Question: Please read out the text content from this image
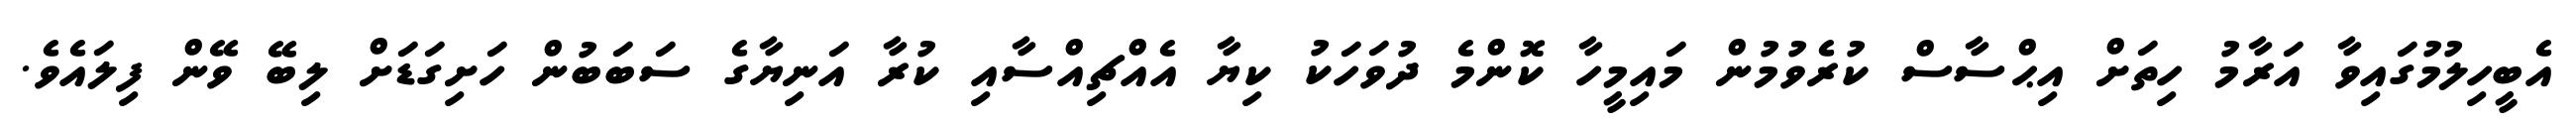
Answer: އެބީހިލުމުގައިވާ އަރާމު ހިތަށް އިޙްސާސް ކުރެވުމުން މައިމީހާ ކޮންމެ ދުވަހަކު ކިޔާ އެއްޗިއްސާއި ކުރާ އަނިޔާގެ ސަބަބުން ހަށިގަޑަށް ލިބޭ ވޭން ފިލައެވެ.